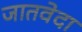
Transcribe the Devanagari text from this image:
जातवेदा